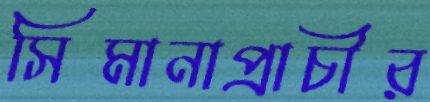
সিমানাপ্রাচীর